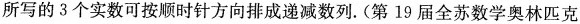
所写的3个实数可按顺时针方向排成递减数列。(第19届全苏数学奥林匹克